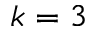
k = 3